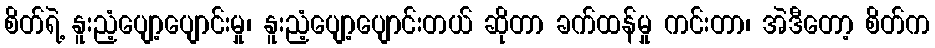
စိတ်ရဲ့ နူးညံ့ပျော့ပျောင်းမှု၊ နူးညံ့ပျော့ပျောင်းတယ် ဆိုတာ ခက်ထန်မှု ကင်းတာ၊ အဲဒီတော့ စိတ်က